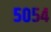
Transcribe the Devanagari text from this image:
५०५४